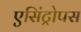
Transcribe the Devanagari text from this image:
एसिंट्रोपस